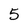
Character: 5